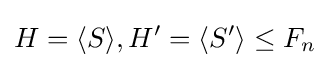
H=\langle S\rangle ,H'=\langle S'\rangle \leq F_{n}